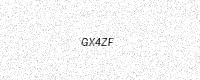
Text: GX4ZF